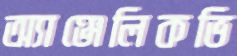
অ্যাঞ্জেলিকভি